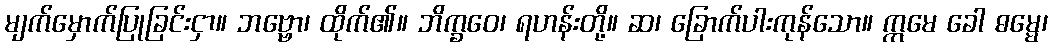
မျက်မှောက်ပြုခြင်းငှာ။ ဘဗ္ဗော၊ ထိုက်၏။ ဘိက္ခဝေ၊ ရဟန်းတို့။ ဆ၊ ခြောက်ပါးကုန်သော။ ဣမေ ခေါ ဓမ္မေ၊